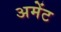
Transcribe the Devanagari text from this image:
अमेंट